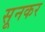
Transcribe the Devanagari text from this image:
सूनकर